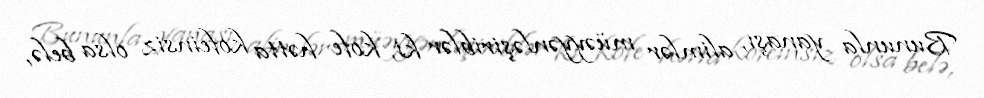
Bununla yanaşı, alimlər müəyyənləşiriblər ki, kofe hətta kofeinsiz olsa belə,